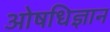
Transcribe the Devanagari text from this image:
ओषधिज्ञान